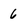
Character: 6